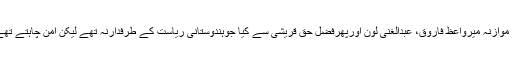
دی وائر میں منوج جوشی نے شجاعت کا موازنہ میرواعظ فاروق، عبدالغنی لون اورپھرفضل حق قریشی سے کیا جوہندوستانی ریاست کے طرفدارنہ تھے لیکن امن چاہتے تھے مگر سب کے سب ہلاک کردیئے گئے۔